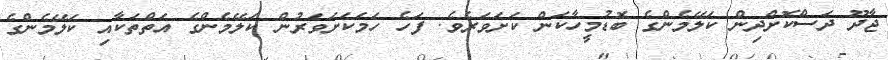
ޖާދޫ ދަސްކޮށްދިން ކަލޭމެންގެ ބޮޑުމީހާކަން ކަށަވަރެވެ. ފަހެ ހަމަކަށަވަރުން ކަލޭމެންގެ އަތްތަކާއި ކަލޭމެންގެ